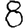
Digit: 8